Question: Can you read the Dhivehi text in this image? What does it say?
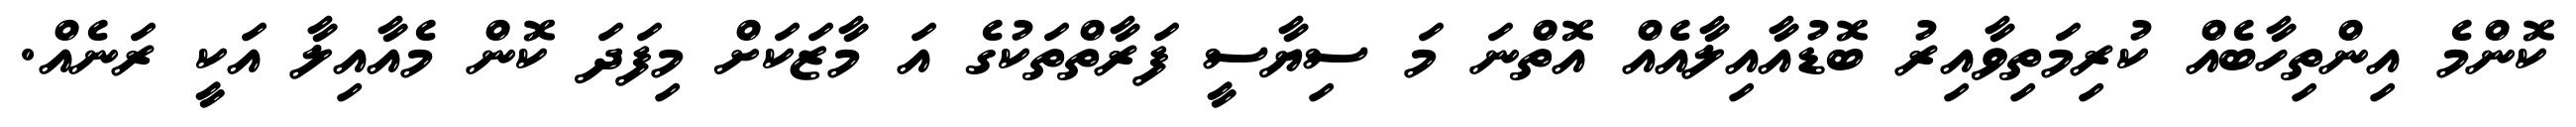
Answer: ކޮންމެ އިންތިހާބެއް ކުރިމަތިވާއިރު ބޮޑުއާއިލާއެއް އޮތްނަ މަ ސިޔާސީ ފަރާތްތަކުގެ އަ މާޒަކަށް މިފަދަ ކޮން މެއާއިލާ އަކީ ރަނެއް.